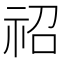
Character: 祒